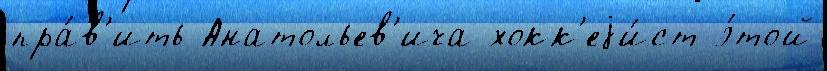
пра́в'ить Анатольев'ича хокк'еjи́ст э́той